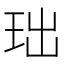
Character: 𮴍